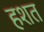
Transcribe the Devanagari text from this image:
हशत